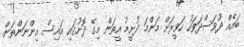
ބައެއް ދުވަސްދަވަހު ހަވީރަށް މަންމަ ދުށީމު އީތަން މިގޭ ދޮށުގައި އައިސް އިންނަންތަން.